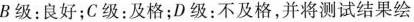
B级：良好；C级：及格；D级：不及格，并将测试结果绘